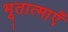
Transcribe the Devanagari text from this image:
भूतात्माएँ